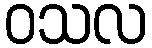
ဝသလ